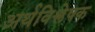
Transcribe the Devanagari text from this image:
अर्थविश्लेषक